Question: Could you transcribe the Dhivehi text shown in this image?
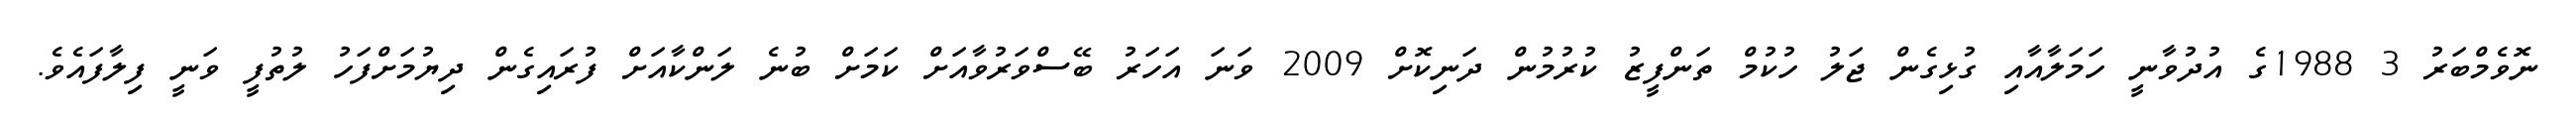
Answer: ނޮވެމްބަރު 3 1988ގެ އުދުވާނީ ހަމަލާއާއި ގުޅިގެން ޖަލު ހުކުމް ތަންފީޒު ކުރުމުން ދަނިކޮށް 2009 ވަނަ އަހަރު ބޭސްވަރުވާއަށް ކަމަށް ބުނެ ލަންކާއަށް ފުރައިގެން ދިޔުމަށްފަހު ލުތުފީ ވަނީ ފިލާފައެވެ.